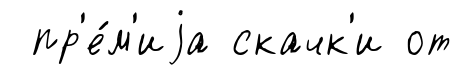
пр'е́м'иjа скачк'и от